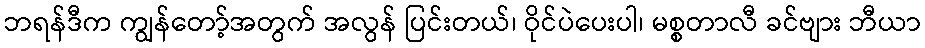
ဘရန်ဒီက ကျွန်တော့်အတွက် အလွန် ပြင်းတယ်၊ ဝိုင်ပဲပေးပါ၊ မစ္စတာလီ ခင်ဗျား ဘီယာ